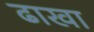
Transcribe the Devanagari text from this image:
ढाखा